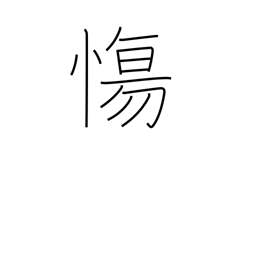
Meaning: be sad